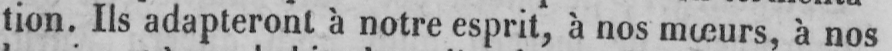
tion. Ils adapteront à notre esprit, à nos mœurs, à nos